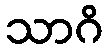
သာဂိ